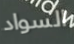
السواد